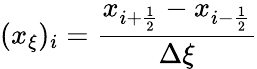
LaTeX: (x_{\xi})_{i}=\frac{x_{i+\frac{1}{2}}-x_{i-\frac{1}{2}}}{\Delta\xi}